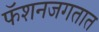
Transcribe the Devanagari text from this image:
फॅशनजगतात